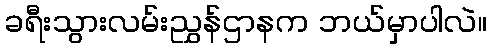
ခရီးသွားလမ်းညွှန်ဌာနက ဘယ်မှာပါလဲ။